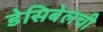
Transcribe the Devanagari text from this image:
डेसिबेलची